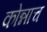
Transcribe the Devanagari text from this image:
कोन्नाच